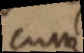
cum